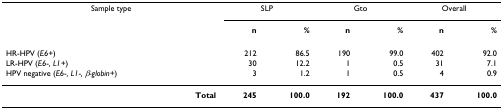
| Sample type | <COLSPAN=2> SLP | <COLSPAN=2> Gto | <COLSPAN=2> Overall |
 |  | n | % | n | % | n | % |
 | --- | --- | --- | --- | --- | --- | --- |
 | HR-HPV (E6+) | 212 | 86.5 | 190 | 99.0 | 402 | 92.0 |
 | LR-HPV (E6-, L1+) | 30 | 12.2 | 1 | 0.5 | 31 | 7.1 |
 | HPV negative (E6-, L1-, β-globin+) | 3 | 1.2 | 1 | 0.5 | 4 | 0.9 |
 | Total | 245 | 100.0 | 192 | 100.0 | 437 | 100.0 |